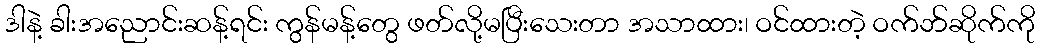
ဒါနဲ့ ခါးအညောင်းဆန့်ရင်း ကွန်မန့်တွေ ဖတ်လို့မပြီးသေးတာ အသာထား၊ ဝင်ထားတဲ့ ဝက်ဘ်ဆိုက်ကို